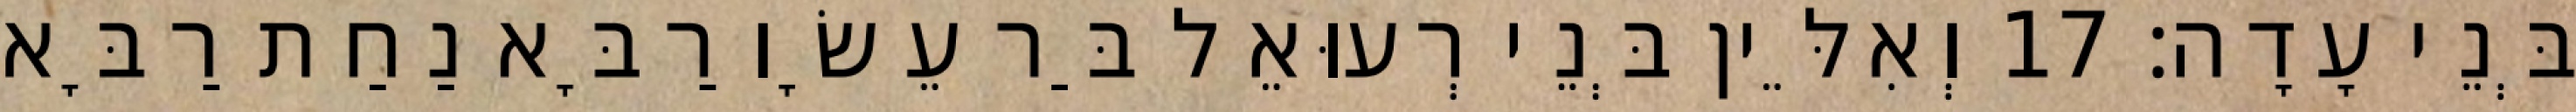
בְּנֵי עָדָה׃ 17 וְאִלֵּין בְּנֵי רְעוּאֵל בַּר עֵשָׂו רַבָּא נַחַת רַבָּא